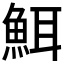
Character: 𮫸